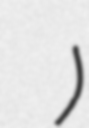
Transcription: دهستان حتكن)